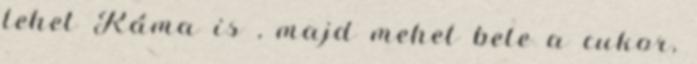
lehet Ráma is , majd mehet bele a cukor,